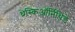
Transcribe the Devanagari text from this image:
थ्रेस्किऑर्निथिडे